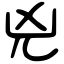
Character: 兇